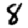
Digit: 8